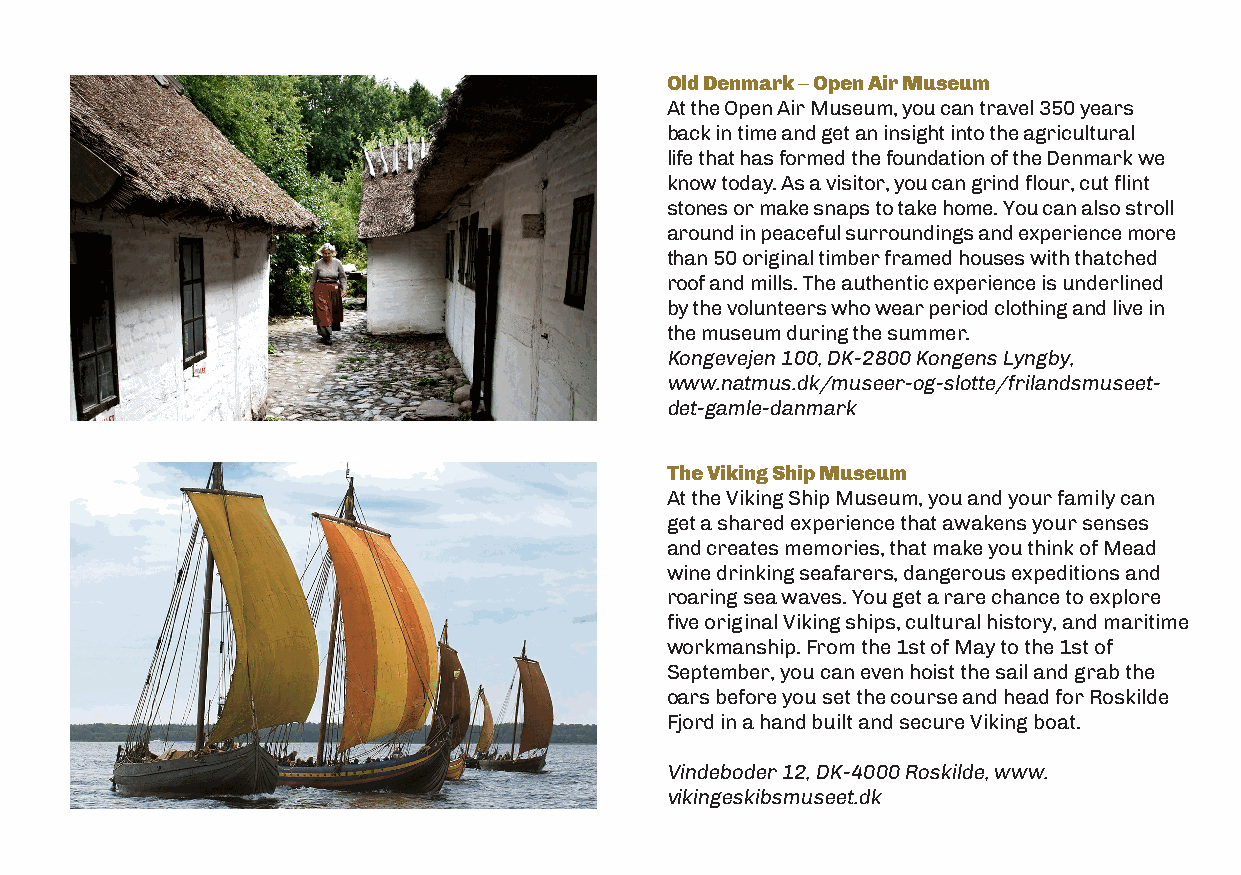
Old Denmark – Open Air Museum
 At the Open Air Museum, you can travel 350 years
 back in time and get an insight into the agricultural
 life that has formed the foundation of the Denmark we
 know today. As a visitor, you can grind flour, cut flint
 stones or make snaps to take home. You can also stroll
 around in peaceful surroundings and experience more
 than 50 original timber framed houses with thatched
 roof and mills. The authentic experience is underlined
 by the volunteers who wear period clothing and live in
 the museum during the summer.
 Kongevejen 100, DK-2800 Kongens Lyngby,
 www.natmus.dk/museer-og-slotte/frilandsmuseet-
 det-gamle-danmark
 The Viking Ship Museum
 At the Viking Ship Museum, you and your family can
 get a shared experience that awakens your senses
 and creates memories, that make you think of Mead
 wine drinking seafarers, dangerous expeditions and
 roaring sea waves. You get a rare chance to explore
 five original Viking ships, cultural history, and maritime
 workmanship. From the 1st of May to the 1st of
 September, you can even hoist the sail and grab the
 oars before you set the course and head for Roskilde
 Fjord in a hand built and secure Viking boat.
 Vindeboder 12, DK-4000 Roskilde, www.
 vikingeskibsmuseet.dk